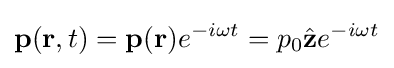
\mathbf {p} (\mathbf {r} ,t)=\mathbf {p} (\mathbf {r} )e^{-i\omega t}=p_{0}{\hat {\mathbf {z} }}e^{-i\omega t}